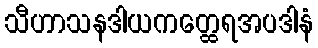
သီဟာသနဒါယကတ္ထေရအပဒါနံ